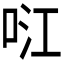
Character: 𭇮